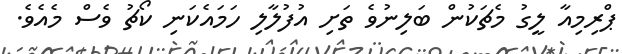
ޕްރިމިއާ ލީގު މެޗަކުން ބަލިނުވެ ތަށި އުފުލާލި ހަމައެކަނި ކޯޗު ވެސް މެއެވެ.